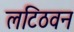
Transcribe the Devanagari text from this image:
लटिठवन